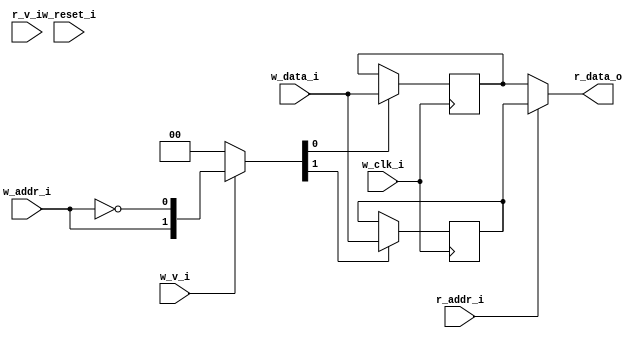
// This program was cloned from: https://github.com/NYU-MLDA/OpenABC
// License: BSD 3-Clause "New" or "Revised" License

module bsg_mem_1r1w_synth_width_p1_els_p2_read_write_same_addr_p0_harden_p0
(
  w_clk_i,
  w_reset_i,
  w_v_i,
  w_addr_i,
  w_data_i,
  r_v_i,
  r_addr_i,
  r_data_o
);

  input [0:0] w_addr_i;
  input [0:0] w_data_i;
  input [0:0] r_addr_i;
  output [0:0] r_data_o;
  input w_clk_i;
  input w_reset_i;
  input w_v_i;
  input r_v_i;
  wire [0:0] r_data_o;
  wire N0,N1,N2,N3,N4,N5,N7,N8;
  wire [1:0] mem;
  reg mem_1_sv2v_reg,mem_0_sv2v_reg;
  assign mem[1] = mem_1_sv2v_reg;
  assign mem[0] = mem_0_sv2v_reg;
  assign r_data_o[0] = (N3)? mem[0] : 
                       (N0)? mem[1] : 1'b0;
  assign N0 = r_addr_i[0];

  always @(posedge w_clk_i) begin
    if(N8) begin
      mem_1_sv2v_reg <= w_data_i[0];
    end 
  end


  always @(posedge w_clk_i) begin
    if(N7) begin
      mem_0_sv2v_reg <= w_data_i[0];
    end 
  end

  assign N5 = ~w_addr_i[0];
  assign { N8, N7 } = (N1)? { w_addr_i[0:0], N5 } : 
                      (N2)? { 1'b0, 1'b0 } : 1'b0;
  assign N1 = w_v_i;
  assign N2 = N4;
  assign N3 = ~r_addr_i[0];
  assign N4 = ~w_v_i;

endmodule